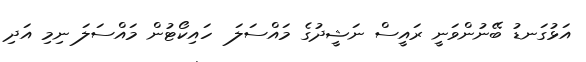
އަޅުގަނޑު ބޭނުންވަނީ ރައީސް ނަޝީދުގެ މައްސަލަ  ހައިކޯޓުން މައްސަލަ ނިމި އަދި